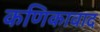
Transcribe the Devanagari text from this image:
कणिकावाद